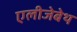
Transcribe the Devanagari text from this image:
एलीजेबेथ